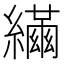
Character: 𦆐